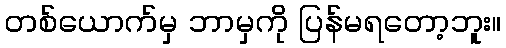
တစ်ယောက်မှ ဘာမှကို ပြန်မရတော့ဘူး။